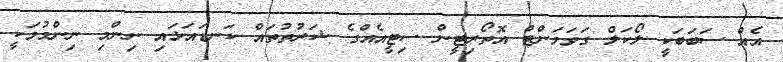
އެއް ސަބަބަކީ ލޯކަލް ގަވަމަންޓް އޮތޯރިޓީން ސިޓީއެއްގެ ޝަރުތުތައް ކަނޑައަޅައި ނިންމި ނިންމުމަކީ